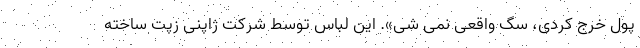
پول خرج کردی، سگ واقعی نمی شی». این لباس توسط شرکت ژاپنی زپت ساخته